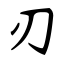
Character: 刃